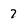
Character: 7